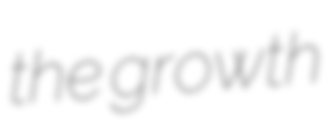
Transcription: the growth